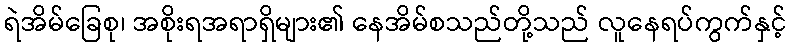
ရဲအိမ်ခြေစု၊ အစိုးရအရာရှိများ၏ နေအိမ်စသည်တို့သည် လူနေရပ်ကွက်နှင့်